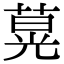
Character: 𦵽